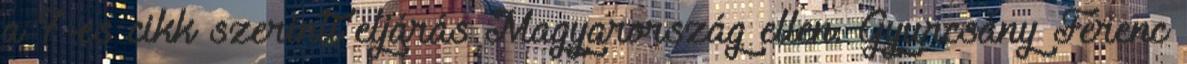
a 7-es cikk szerinti eljárás Magyarország ellen. Gyurcsány Ferenc